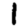
Digit: 1